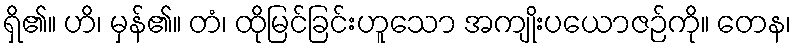
ရှိ၏။ ဟိ၊ မှန်၏။ တံ၊ ထိုမြင်ခြင်းဟူသော အကျိုးပယောဇဉ်ကို။ တေန၊